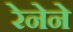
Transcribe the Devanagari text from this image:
रेनेने